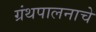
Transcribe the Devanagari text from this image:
ग्रंथपालनाचे